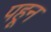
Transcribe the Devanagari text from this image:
पहून